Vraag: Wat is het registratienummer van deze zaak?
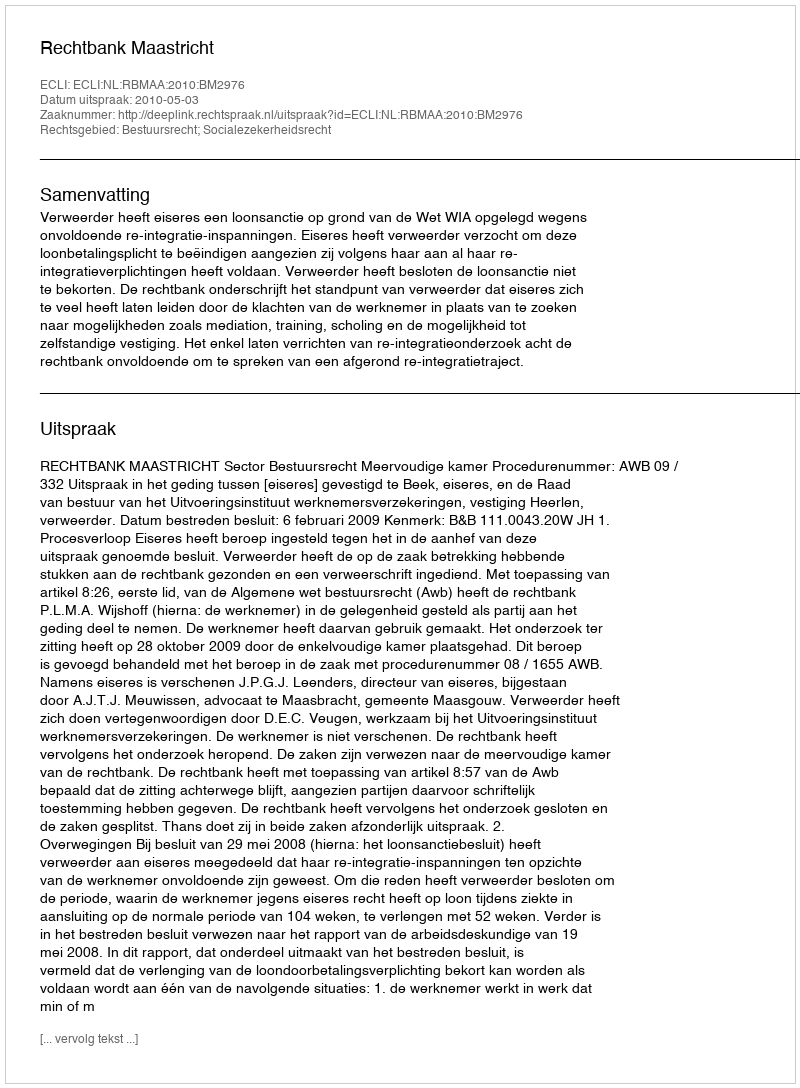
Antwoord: http://deeplink.rechtspraak.nl/uitspraak?id=ECLI:NL:RBMAA:2010:BM2976